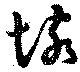
垓